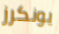
يونكرز